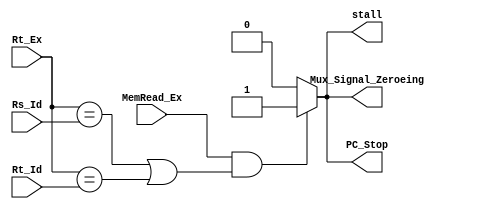
module Hazard_Unit (
      input wire MemRead_Ex,
      input wire [4:0] Rt_Ex,
      input wire [4:0] Rs_Id,    //inst[25:21]
      input wire [4:0] Rt_Id,    //inst[20:16]
      output reg stall,
      output reg PC_Stop,
      output reg Mux_Signal_Zeroeing );

always @(*)
   begin
     if (MemRead_Ex && ( (Rt_Ex==Rs_Id) || (Rt_Ex==Rt_Id) )  )
        begin
          stall='b1;
          PC_Stop='b1;
          Mux_Signal_Zeroeing='b1;   //output signals = zeros
        end
     else
        begin
          stall='b0;
          PC_Stop='b0;
          Mux_Signal_Zeroeing='b0;   
        end
   end

endmodule